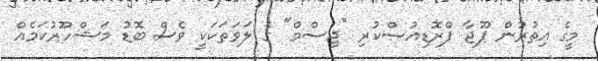
މީގެ އިތުރުން ޕޫޖާ ޕްރޮޑިއުސްކުރި "ޖިސްމް" ގެ ލަވަތަކަކީ ވެސް ބޮޑު މަޝްހޫރުކަމެއް